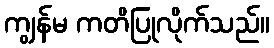
ကျွန်မ ကတိပြုလိုက်သည်။